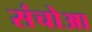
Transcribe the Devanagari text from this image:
संचोआ